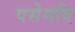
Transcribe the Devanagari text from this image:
पसेनदि